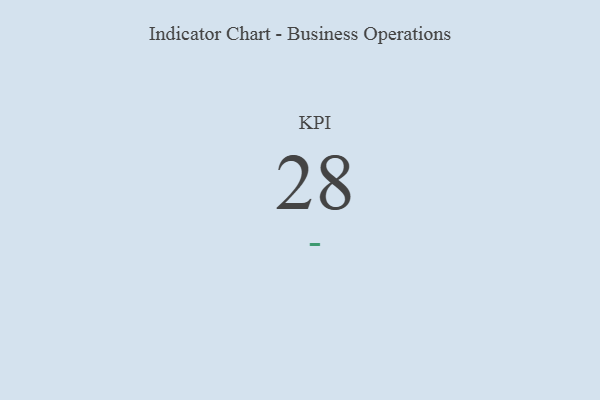
{"axis": {"x": "KPI", "y": "Value"}, "legend": [""], "data": [{"x": "KPI", "y": 28, "type": ""}]}